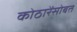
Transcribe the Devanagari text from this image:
कोठारेंसोबत